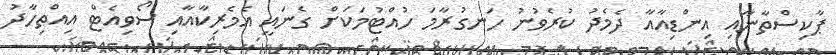
ޕާކިސްތާނާއި އިންޑިއާއާ ދެމެދު ކުރެވުނު ހަނގުރާމަ ހުއްޓުމަކަށް ގެނައީ އެމެރިކާއާއި ސޯވިއެޓް އިއްތިހާދު